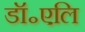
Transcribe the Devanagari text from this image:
डॉ॰एलि